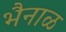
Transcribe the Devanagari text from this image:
भैनाळ